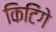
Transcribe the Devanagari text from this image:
किटिंगे